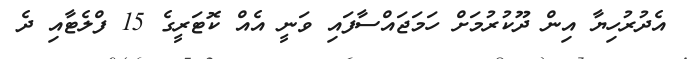
އެދުރުހިޔާ އިން ދޫކުރުމަށް ހަމަޖައްސާފައި ވަނީ އެއް ކޮޓަރީގެ 15 ފްލެޓާއި ދެ